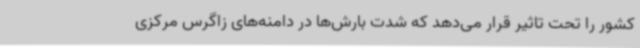
کشور را تحت تاثیر قرار می‌دهد که شدت بارش‌ها در دامنه‌های زاگرس مرکزی